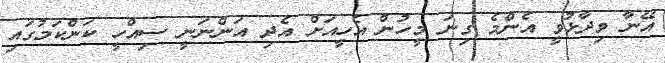
އޭނާ ވިދާޅުވީ އެންމެ ގިނަ މީހުން އެހީއަށް އެދި އަންނަނީ ސިއްހީ ކަންކަމުގައި